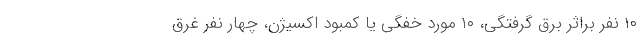
۱۰ نفر براثر برق گرفتگی، ۱۰ مورد خفگی یا کمبود اکسیژن، چهار نفر غرق